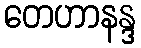
တေဟာနန္ဒ